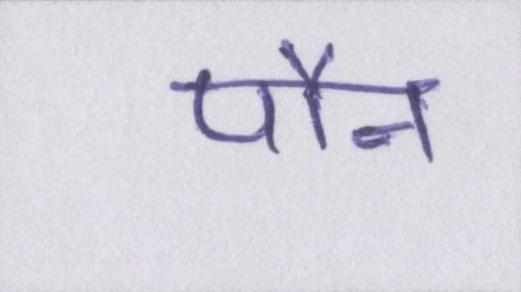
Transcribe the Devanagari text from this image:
पौन